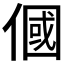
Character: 𬿓